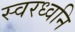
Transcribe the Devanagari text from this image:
स्वरध्वनि